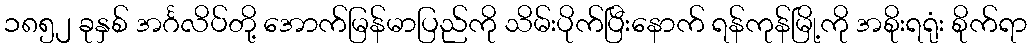
၁၈၅၂ ခုနှစ် အင်္ဂလိပ်တို့ အောက်မြန်မာပြည်ကို သိမ်းပိုက်ပြီးနောက် ရန်ကုန်မြို့ကို အစိုးရရုံး စိုက်ရာ